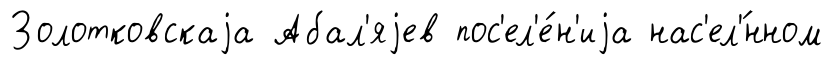
Золотковскаjа Абал'яjев пос'ел'е́н'иjа нас'ел'́нном